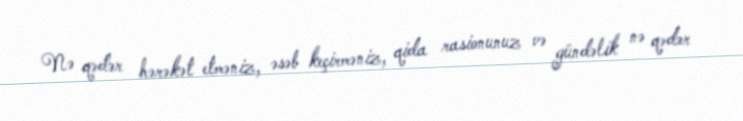
Nə qədər hərəkət etməniz, əsəb keçirməniz, qida rasionunuz və gündəlik nə qədər